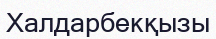
Халдарбекқызы